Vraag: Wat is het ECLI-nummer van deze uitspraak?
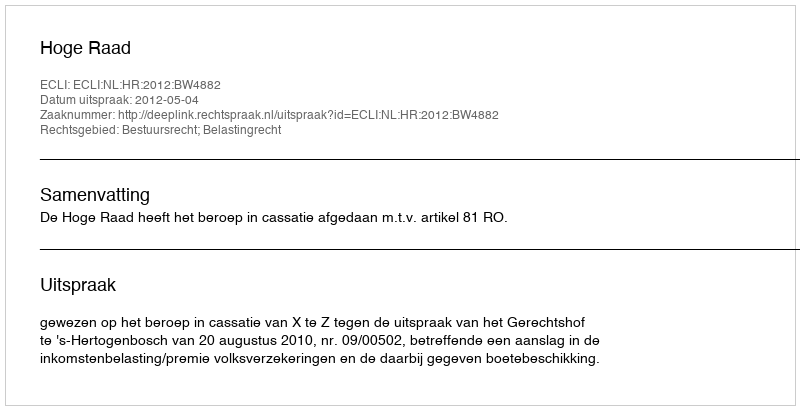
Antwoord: ECLI:NL:HR:2012:BW4882